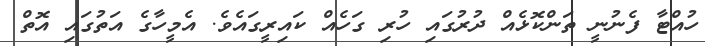
ހުއްޓާ ފެނުނީ ތަންކޮޅެއް ދުރުގައި ހުރި ގަހެއް ކައިރީގައެވެ. އެމީހާގެ އަތުގައި އޮތް